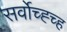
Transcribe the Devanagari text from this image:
सर्वोच्ह्च्ह